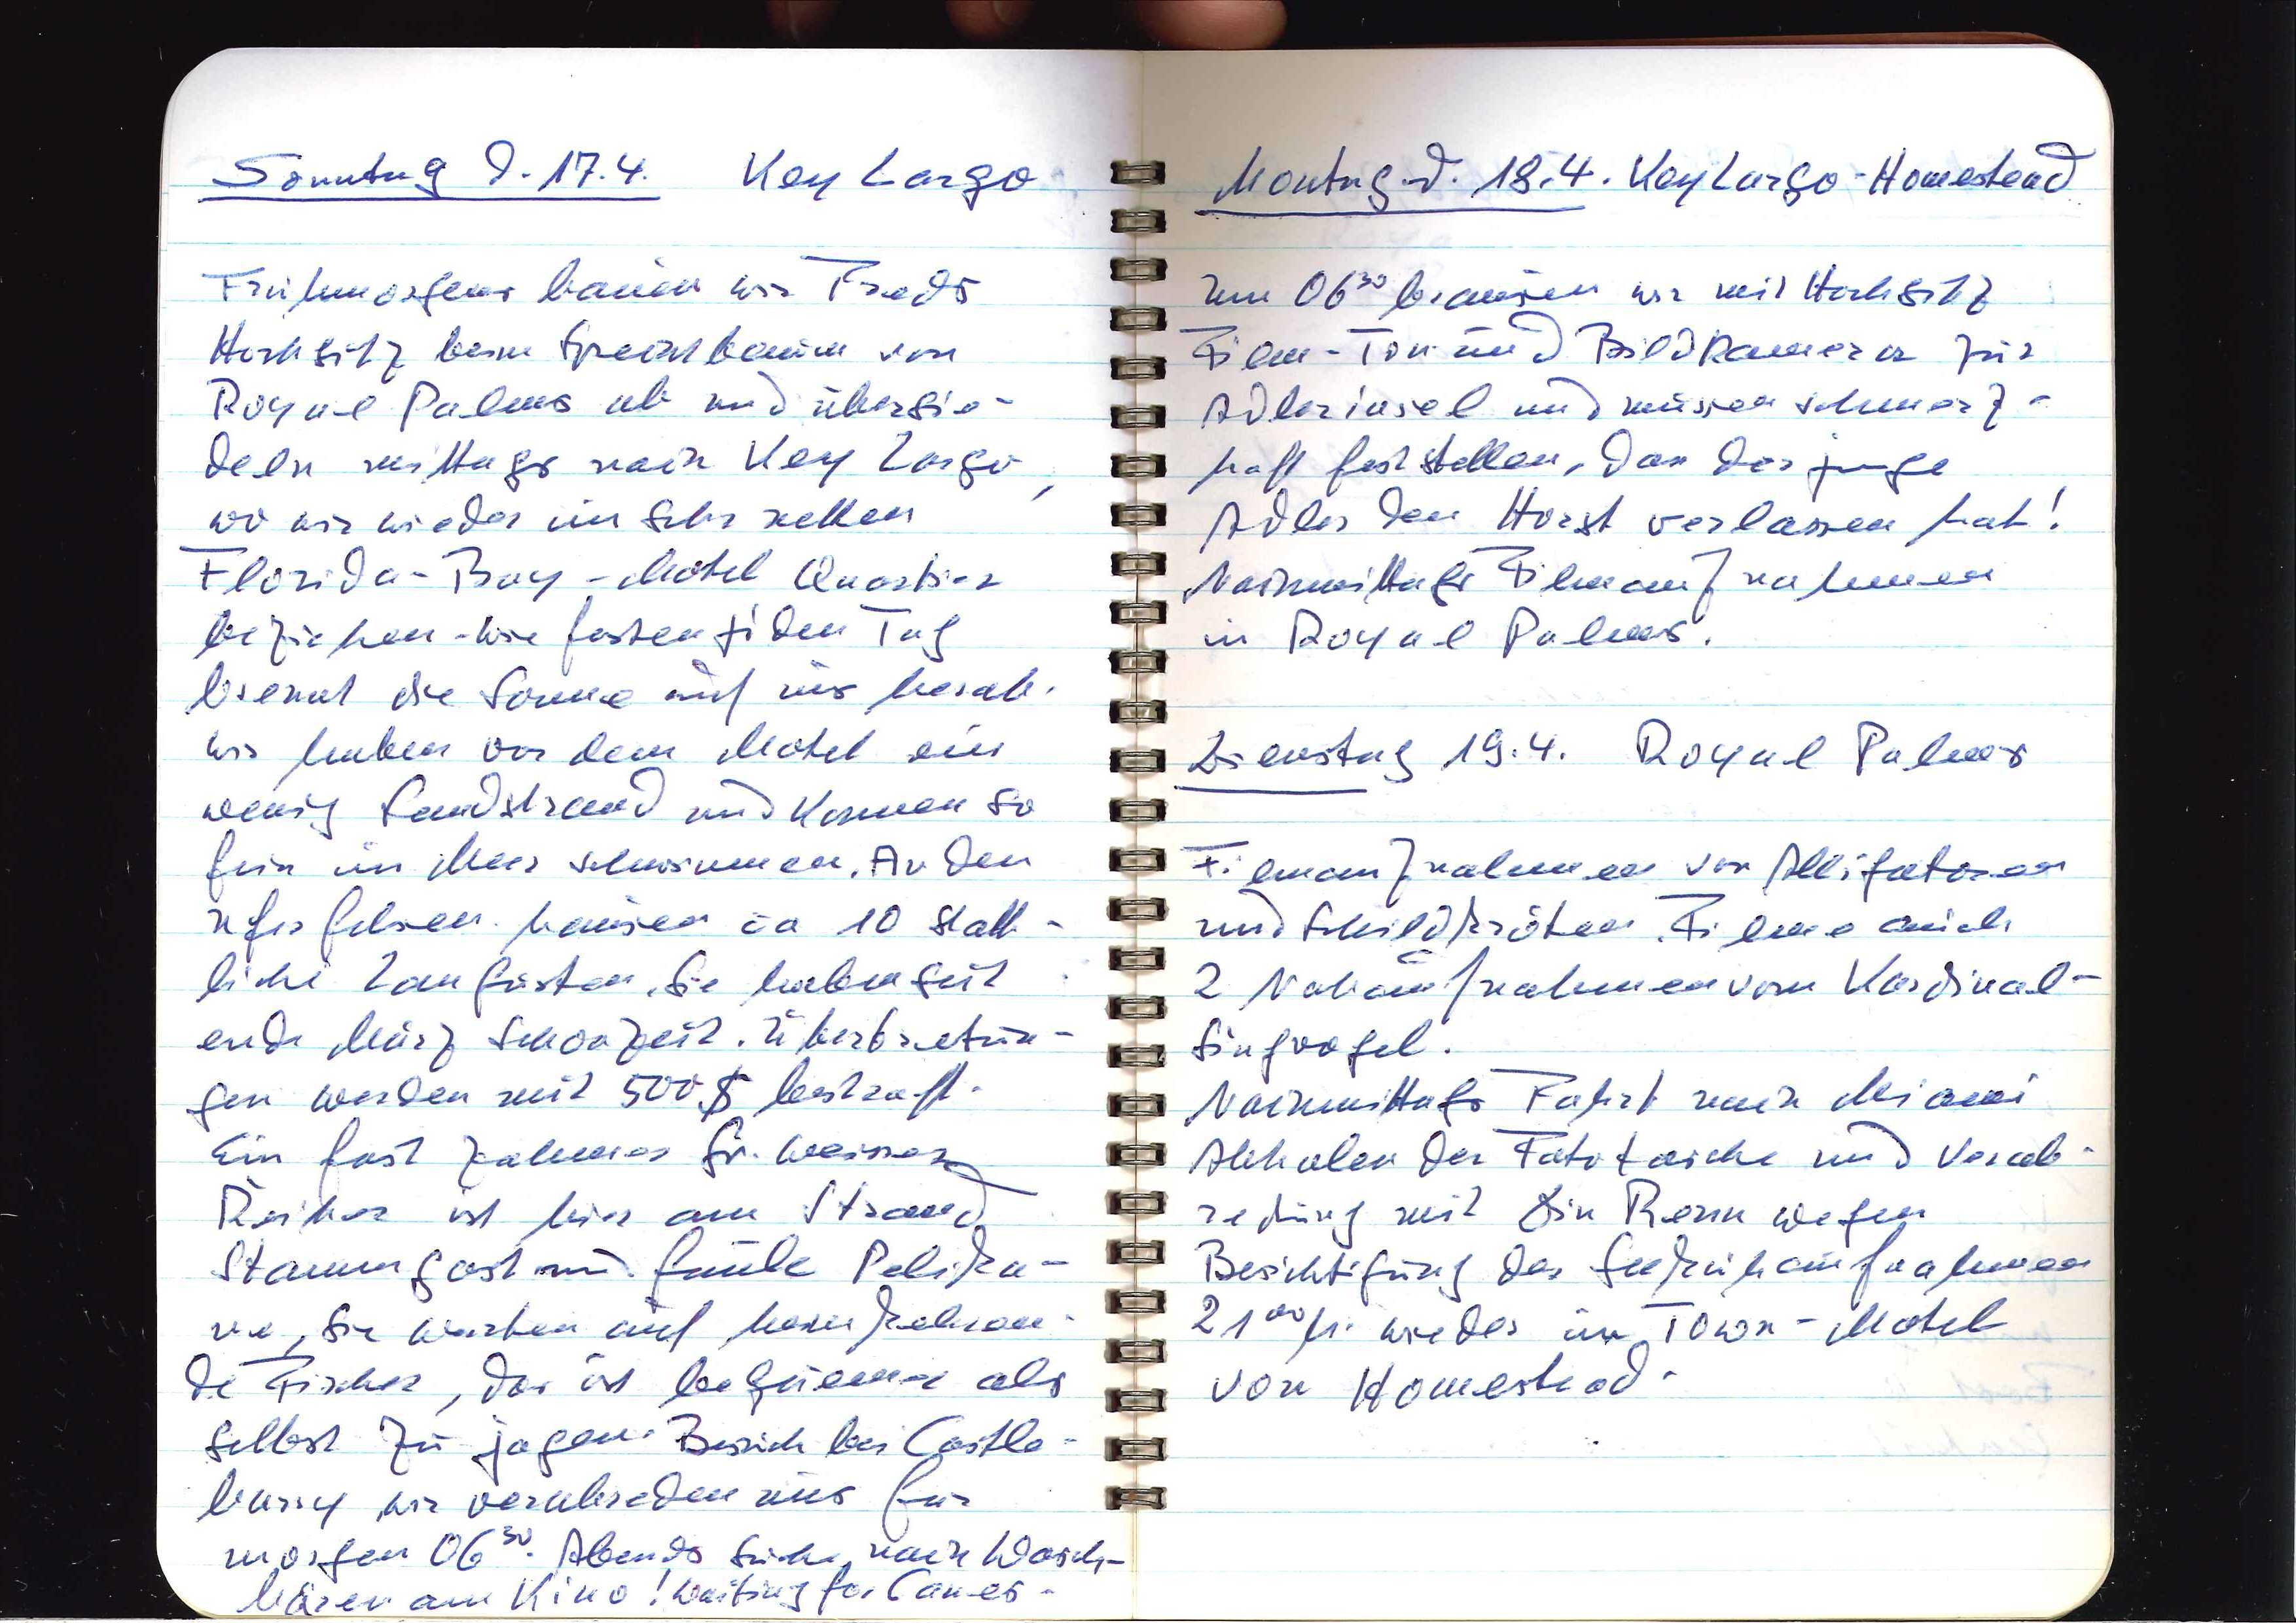
Sonntag d. 17.4. Key Largo
Frühmorgens bauen wir Freds
Hochsitz beim Spechtbaum von
Royal Palms ab und übersie¬
deln mittags nach Key Largo,
wo wir wieder im sehr netten
Florida-Bay-Motel Quartier
beziehen — wie fast an jedem Tag
brennt die Sonne auf uns herab.
Wir haben vor dem Motel ein
wenig Sandstrand und können so
fein im Meer schwimmen. An den
Uferfelsen hausen ca 10 statt¬
liche Langusten. Sie haben seit
Ende März Schonzeit. Übertretun¬
gen werden mit 500$ bestraft.
Ein fast zahmer gr. weisser
Reiher ist hier am Strand
Stammgast sind faule Pelika¬
ne, sie warten auf heimkehren¬
de Fischer, das ist bequemer als
selbst zu jagen. Besuch bei Castle¬
burry wir verabreden uns für
bären am Kino! Waiting for Canes.
morgen 06.30. Abends sind noch Wasch¬

Montag d. 18.4. Key Largo — Homestead
Um 0630 brausen wir mit Hochsitz,
Film-Ton und Bildkamera zur
Adlerinsel und müssen schmerz¬
haft feststellen, dass der junge
Adler den Horst verlassen hat!
Nachmittags Bilderaufnahmen
in Royal Palms.
Dienstag 19.4. Royal Palms
Filmaufnahmen von Alligatoren
und Schildkröten. Filme auch
2 Nahaufnahmen vom Kardinal¬
singvogel.
Nachmittags Fahrt nach Miami.
Abholen der Fototasche und Verab¬
redung mit Din Reza wegen
Besichtigung der Seekuhaufnahmen.
2100 h. wieder im Town-Motel
von Homestead.